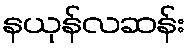
နယုန်လဆန်း